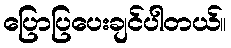
ပြောပြပေးချင်ပါတယ်။